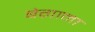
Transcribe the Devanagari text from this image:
बेग़ाना